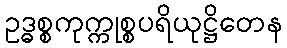
ဥဒ္ဓစ္စကုက္ကုစ္စပရိယုဋ္ဌိတေန